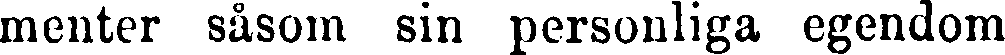
menter såsom sin personliga egendom